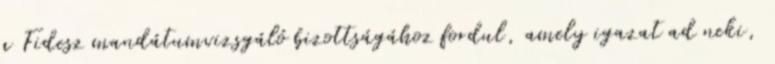
a Fidesz mandátumvizsgáló bizottságához fordul, amely igazat ad neki,